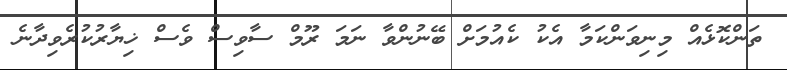
ތަންކޮޅެއް މިނިވަންކަމާ އެކު ކެއުމަށް ބޭނުންވާ ނަމަ ރޫމް ސާވިސް ވެސް ޚިޔާރުކުރެވިދާނެ